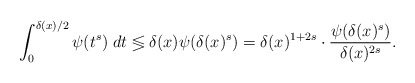
\begin{align*}\int_0^{\delta(x)/2}\psi(t^s)\;dt\lessgtr\delta(x)\psi(\delta(x)^s)=\delta(x)^{1+2s}\cdot\frac{\psi(\delta(x)^s)}{\delta(x)^{2s}}.\end{align*}